Annual report on the mental hospital in the Central Provinces and Berar (Nagpur) - 1927-1951
Year: 1927
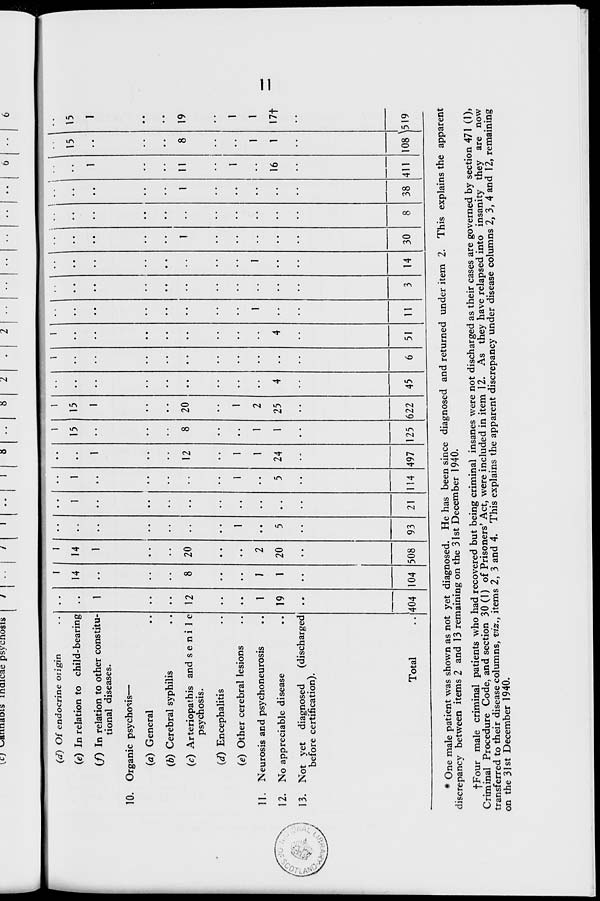
\c) v^annaois maicae psycnosis
(d) Of endocrine origin
(e) In relation to child-bearing
(/) In relation to other constitu-
tional diseases.
10. Organic psychosis—
(a) General
(6) Cerebral syphilis
(c) Arteriopathis and s e n i 1 e
psycnosis.
(d) Encephalitis
(e) Other cerebral lesions
11. Neurosis and psychoneurosis
12. No appreciable disease
13. Not yet diagnosed
(discharged
before certification).
1
12
1
19
404
I
14
8
1
1
104
»
14
1
20
2
20
508
1
5
93
1
21
1
1
5
1
12
1
1
24
1
15
8
1
1
1
15
1
20
1
2
25
622
4
1
1
4
51
1
11
1
1
30
8
1
38
1
11
1
16
411
• -
15
8
1
1
108 \
-.
15
1
19
1
1
17+
Total
114 497 125
45
6
3 14
519
* One male patient was shown as not yet diagnosed. He has been since diagnosed and returned under item 2. This explains the apparent
discrepancy between items 2 and 13 remaining on the 31st December 1940.
fFour male criminal patients who had recovered but being criminal insanes were not discharged as their cases are governed by section 471 (1),
Criminal Procedure Code, and section 30(1) of Prisoners'Act, were included in item 12. As they have relapsed into insanity they are now
transferred to their disease columns, viz., items 2, 3 and 4. This explains the apparent discrepancy under disease columns 2, 3, 4 and 12, remaining
on the 31st December 1940.